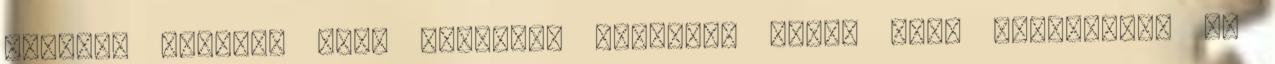
Fedezék helyett csak távolabb ugrottam Tőle, hogy kikerüljem az